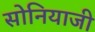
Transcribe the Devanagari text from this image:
सोनियाजी